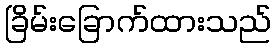
ခြိမ်းခြောက်ထားသည်